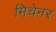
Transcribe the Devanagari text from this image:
मिचेनर